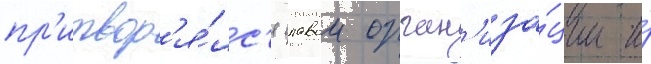
пр'итвор'я́лс'я главои орган'иза́ции и́